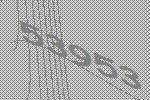
53953